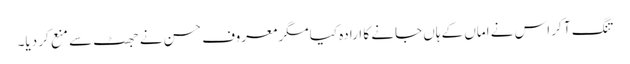
تنگ آ کر اس نے اماں کے ہاں جانے کا ارادہ کیا مگر معروف حسن نے جھٹ سے منع کر دیا۔